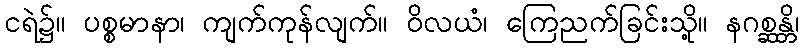
ငရဲ၌။ ပစ္စမာနာ၊ ကျက်ကုန်လျက်။ ဝိလယံ၊ ကြေညက်ခြင်းသို့။ နဂစ္ဆန္တိ၊